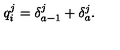
q _ { i } ^ { j } = \delta _ { a - 1 } ^ { j } + \delta _ { a } ^ { j } .